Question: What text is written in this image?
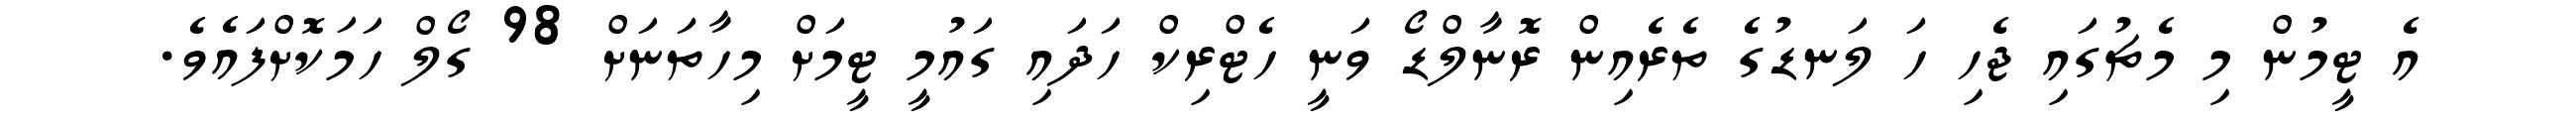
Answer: އެ ޓީމުން މި މެޗުގައި ޖެހި ހަ ލަނޑުގެ ތެރެއިން ރޮނާލްޑޯ ވަނީ ހެޓްރިކް ހަދައި ގައުމީ ޓީމަށް މިހާތަނަށް 98 ގޯލް ހަމަކޮށްފައެވެ.